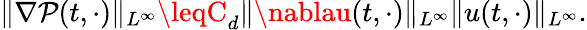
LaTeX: \| \nabla\mathcal{P}(t,\cdot)\| _{L^{\infty}}\leqC_{d}\| \nablau(t,\cdot)\| _{L^{\infty}}\| u(t,\cdot)\| _{L^{\infty}}.